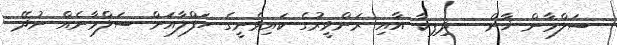
ސަލްމާން ޚާން - ދިޕިކާ އާއި ރަންވީރުގެ ކައިވެނީގެ ހަފްލާއަށް ސަލްމާނެއް ނުދޭ